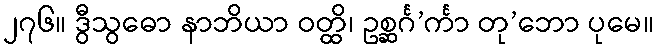
၂၇၆။ ဒွီသွဓော နာဘိယာ ဝတ္ထိ၊ ဥစ္ဆင်္ဂ’င်္ကာ တု’ဘော ပုမေ။